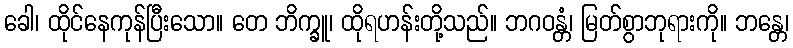
ခေါ၊ ထိုင်နေကုန်ပြီးသော။ တေ ဘိက္ခူ၊ ထိုရဟန်းတို့သည်။ ဘဂဝန္တံ၊ မြတ်စွာဘုရားကို။ ဘန္တေ၊